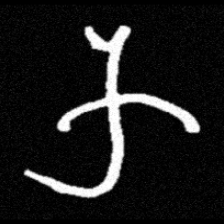
Pyu character \u2014 Myanmar letter: က (romanized: ka)